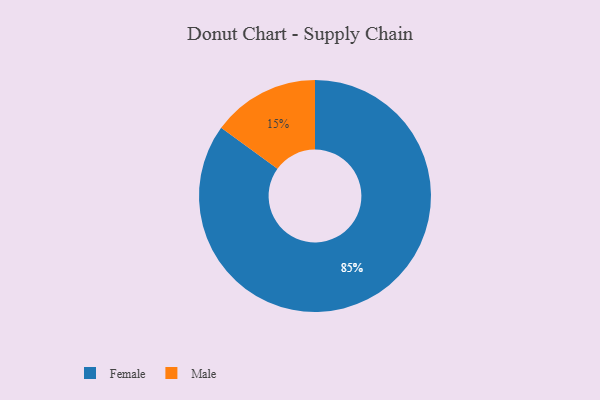
{"axis": {"x": "Category", "y": "Percentage"}, "legend": ["Female", "Male"], "data": [{"x": "Male", "y": 15, "type": "Male"}, {"x": "Female", "y": 85, "type": "Female"}]}